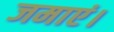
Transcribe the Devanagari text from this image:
जमाएं।